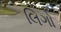
લિગો